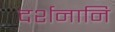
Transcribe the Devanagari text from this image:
दर्शनानि